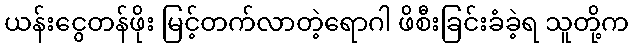
ယန်းငွေတန်ဖိုး မြင့်တက်လာတဲ့ရောဂါ ဖိစီးခြင်းခံခဲ့ရ သူတို့က